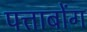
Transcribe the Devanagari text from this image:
पत्ताबोंग